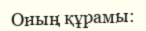
Оның құрамы: